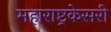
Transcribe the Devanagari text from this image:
महाराष्ट्रकेसरी